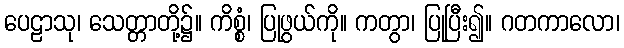
ပေဠာသု၊ သေတ္တာတို့၌။ ကိစ္စံ၊ ပြုဖွယ်ကို။ ကတွာ၊ ပြုပြီး၍။ ဂတကာလော၊